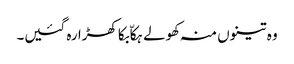
وہ تینوں منہ کھولے ہکاّ بکا کھڑا رہ گئیں۔